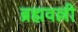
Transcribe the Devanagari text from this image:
ब्रह्मवल्ली